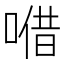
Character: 𠺦